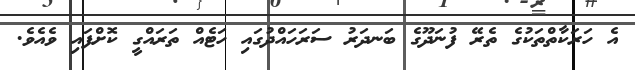
އެ ހަރަކާތްތަކުގެ ތެރޭ ފުނަދޫގެ ބަނދަރު ސަރަހައްދުގައި ހަޓެއް ތަރައްގީ ކޮށްފައި ވެއެވެ.